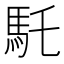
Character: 馲